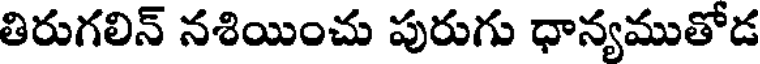
తిరుగలిన్ నశియించు పురుగు ధాన్యముతోడ